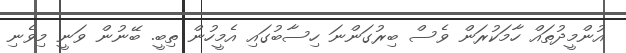
އުންމީދުތައް ހާމަކުރަން ވެސް ބިރުގަންނަ ހިސާބުގައި އެމީހުން ތިބީ. ބޭނުން ވަނީ މިވެނި